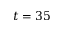
t = 3 5